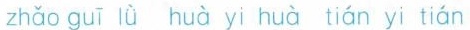
zhǎo guī lǖ huà yi huà tián yi tián